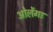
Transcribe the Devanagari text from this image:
ओलेंगा